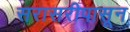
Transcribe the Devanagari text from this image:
सरासरीपासून